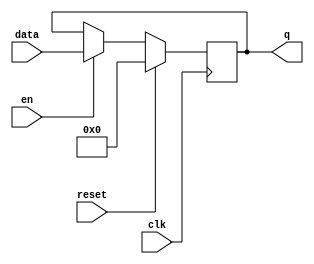
module reg12(input wire clk, 
output reg [11:0] q, 
input wire [11:0] data, 
input wire en, 
input wire reset);

always @(posedge clk) begin
	if (reset) q <= 11'h000;
	else if (en) q <= data;
	else q <= q;     //not strictly required
end
endmodule